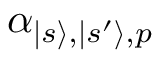
\alpha _ { | s \rangle , | s ^ { \prime } \rangle , p }